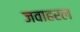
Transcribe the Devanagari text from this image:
जवाहरल